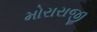
મોરારાજી